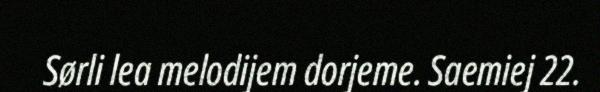
Sørli lea melodijem dorjeme. Saemiej 22.